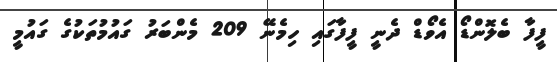
ފީފާ ބެލޮންޑޯ އެވޯޑް ދެނީ ފީފާގައި ހިމެނޭ 209 މެންބަރު ގައުމުތަކުގެ ގައުމީ